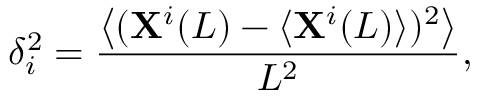
\delta _ { i } ^ { 2 } = \frac { \left\langle ( \mathbf { X } ^ { i } ( L ) - \langle \mathbf { X } ^ { i } ( L ) \rangle ) ^ { 2 } \right\rangle } { L ^ { 2 } } ,